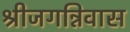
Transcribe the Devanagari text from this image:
श्रीजगन्निवास